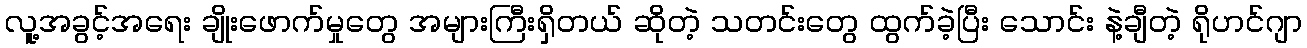
လူ့အခွင့်အရေး ချိုးဖောက်မှုတွေ အများကြီးရှိတယ် ဆိုတဲ့ သတင်းတွေ ထွက်ခဲ့ပြီး သောင်း နဲ့ချီတဲ့ ရိုဟင်ဂျာ